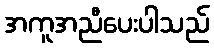
အကူအညီပေးပါသည်